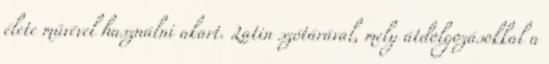
élete művével használni akart. Latin szótárával, mely átdolgozásokkal a